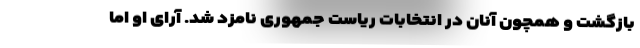
بازگشت و همچون آنان در انتخابات ریاست جمهوری نامزد شد. آرای او اما